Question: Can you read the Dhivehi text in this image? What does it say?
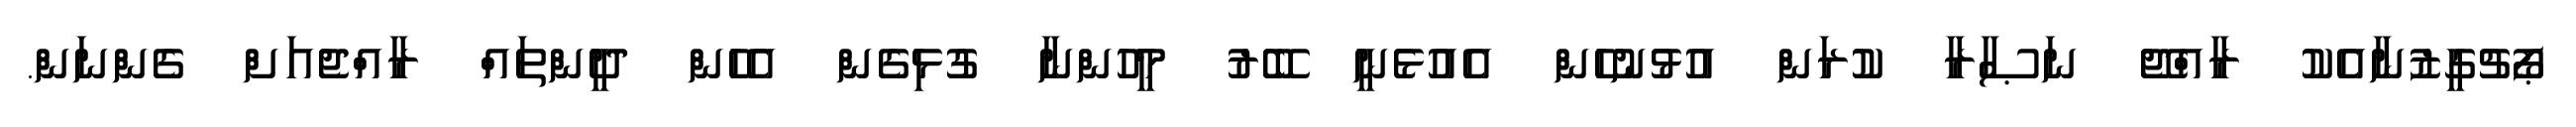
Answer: ޕޯޗުގީޒުނާއެކު ރާއްޖޭ ނަޞާރާ ކުރަން އުޅުނުހެން އެއުޅެނީ ބޭރު މީހުންނާ ގުޅިގެން އެހެން ދީންތައް ރާއްޖެއަށް ގެންނަން.